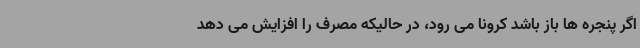
اگر پنجره ها باز باشد کرونا می رود، در حالیکه مصرف را افزایش می دهد